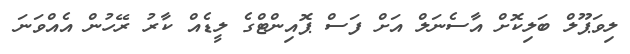
ލިވަޕޫލް ބަލިކޮށް އާސެނަލް އަށް ފަސް ޕޮއިންޓްގެ ލީޑެއް ކާރު ރޭހުން އެއްވަނަ